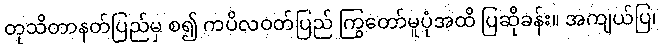
တုသိတာနတ်ပြည်မှ စ၍ ကပိလဝတ်ပြည် ကြွတော်မူပုံအထိ ပြဆိုခန်း။ အကျယ်ပြ၊